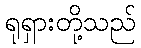
ရုရှားတို့သည်